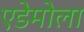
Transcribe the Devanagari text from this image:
एडेमोला